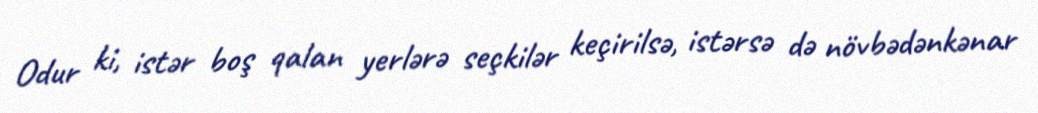
Odur ki, istər boş qalan yerlərə seçkilər keçirilsə, istərsə də növbədənkənar